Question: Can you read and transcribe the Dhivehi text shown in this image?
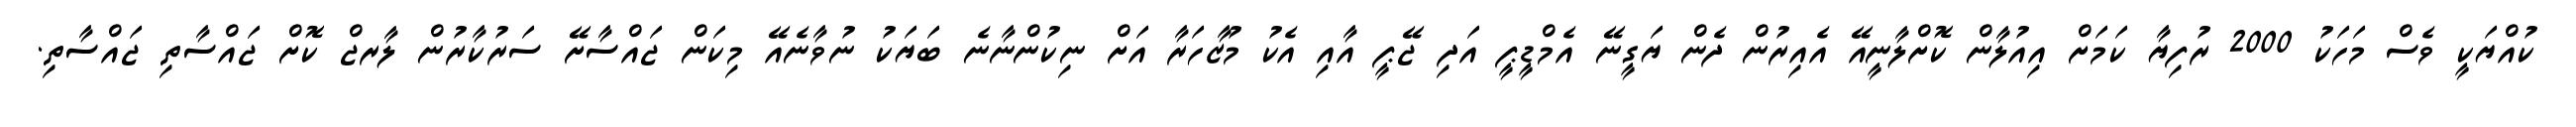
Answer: ކުއްޔަކީ ވެސް މަހަކު 2000 ރުފިޔާ ކަމަށް އިއުލާން ކޮށްލާނީއޭ އެއިރުން ދެން ޔަގީނޭ އެމްޑީޕީ އަދި ޖޭޕީ އާއި އެކު މުޒާހަރާ އަށް ނިކުންނާނެ ބަޔަކު ނުވާނެއޭ މިކަން ޖައްސާށޭ ސަރުކާރުން ލާރޖް ކޮށް ޖައްސާތި ޖައްސާތި.